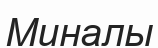
Миналы